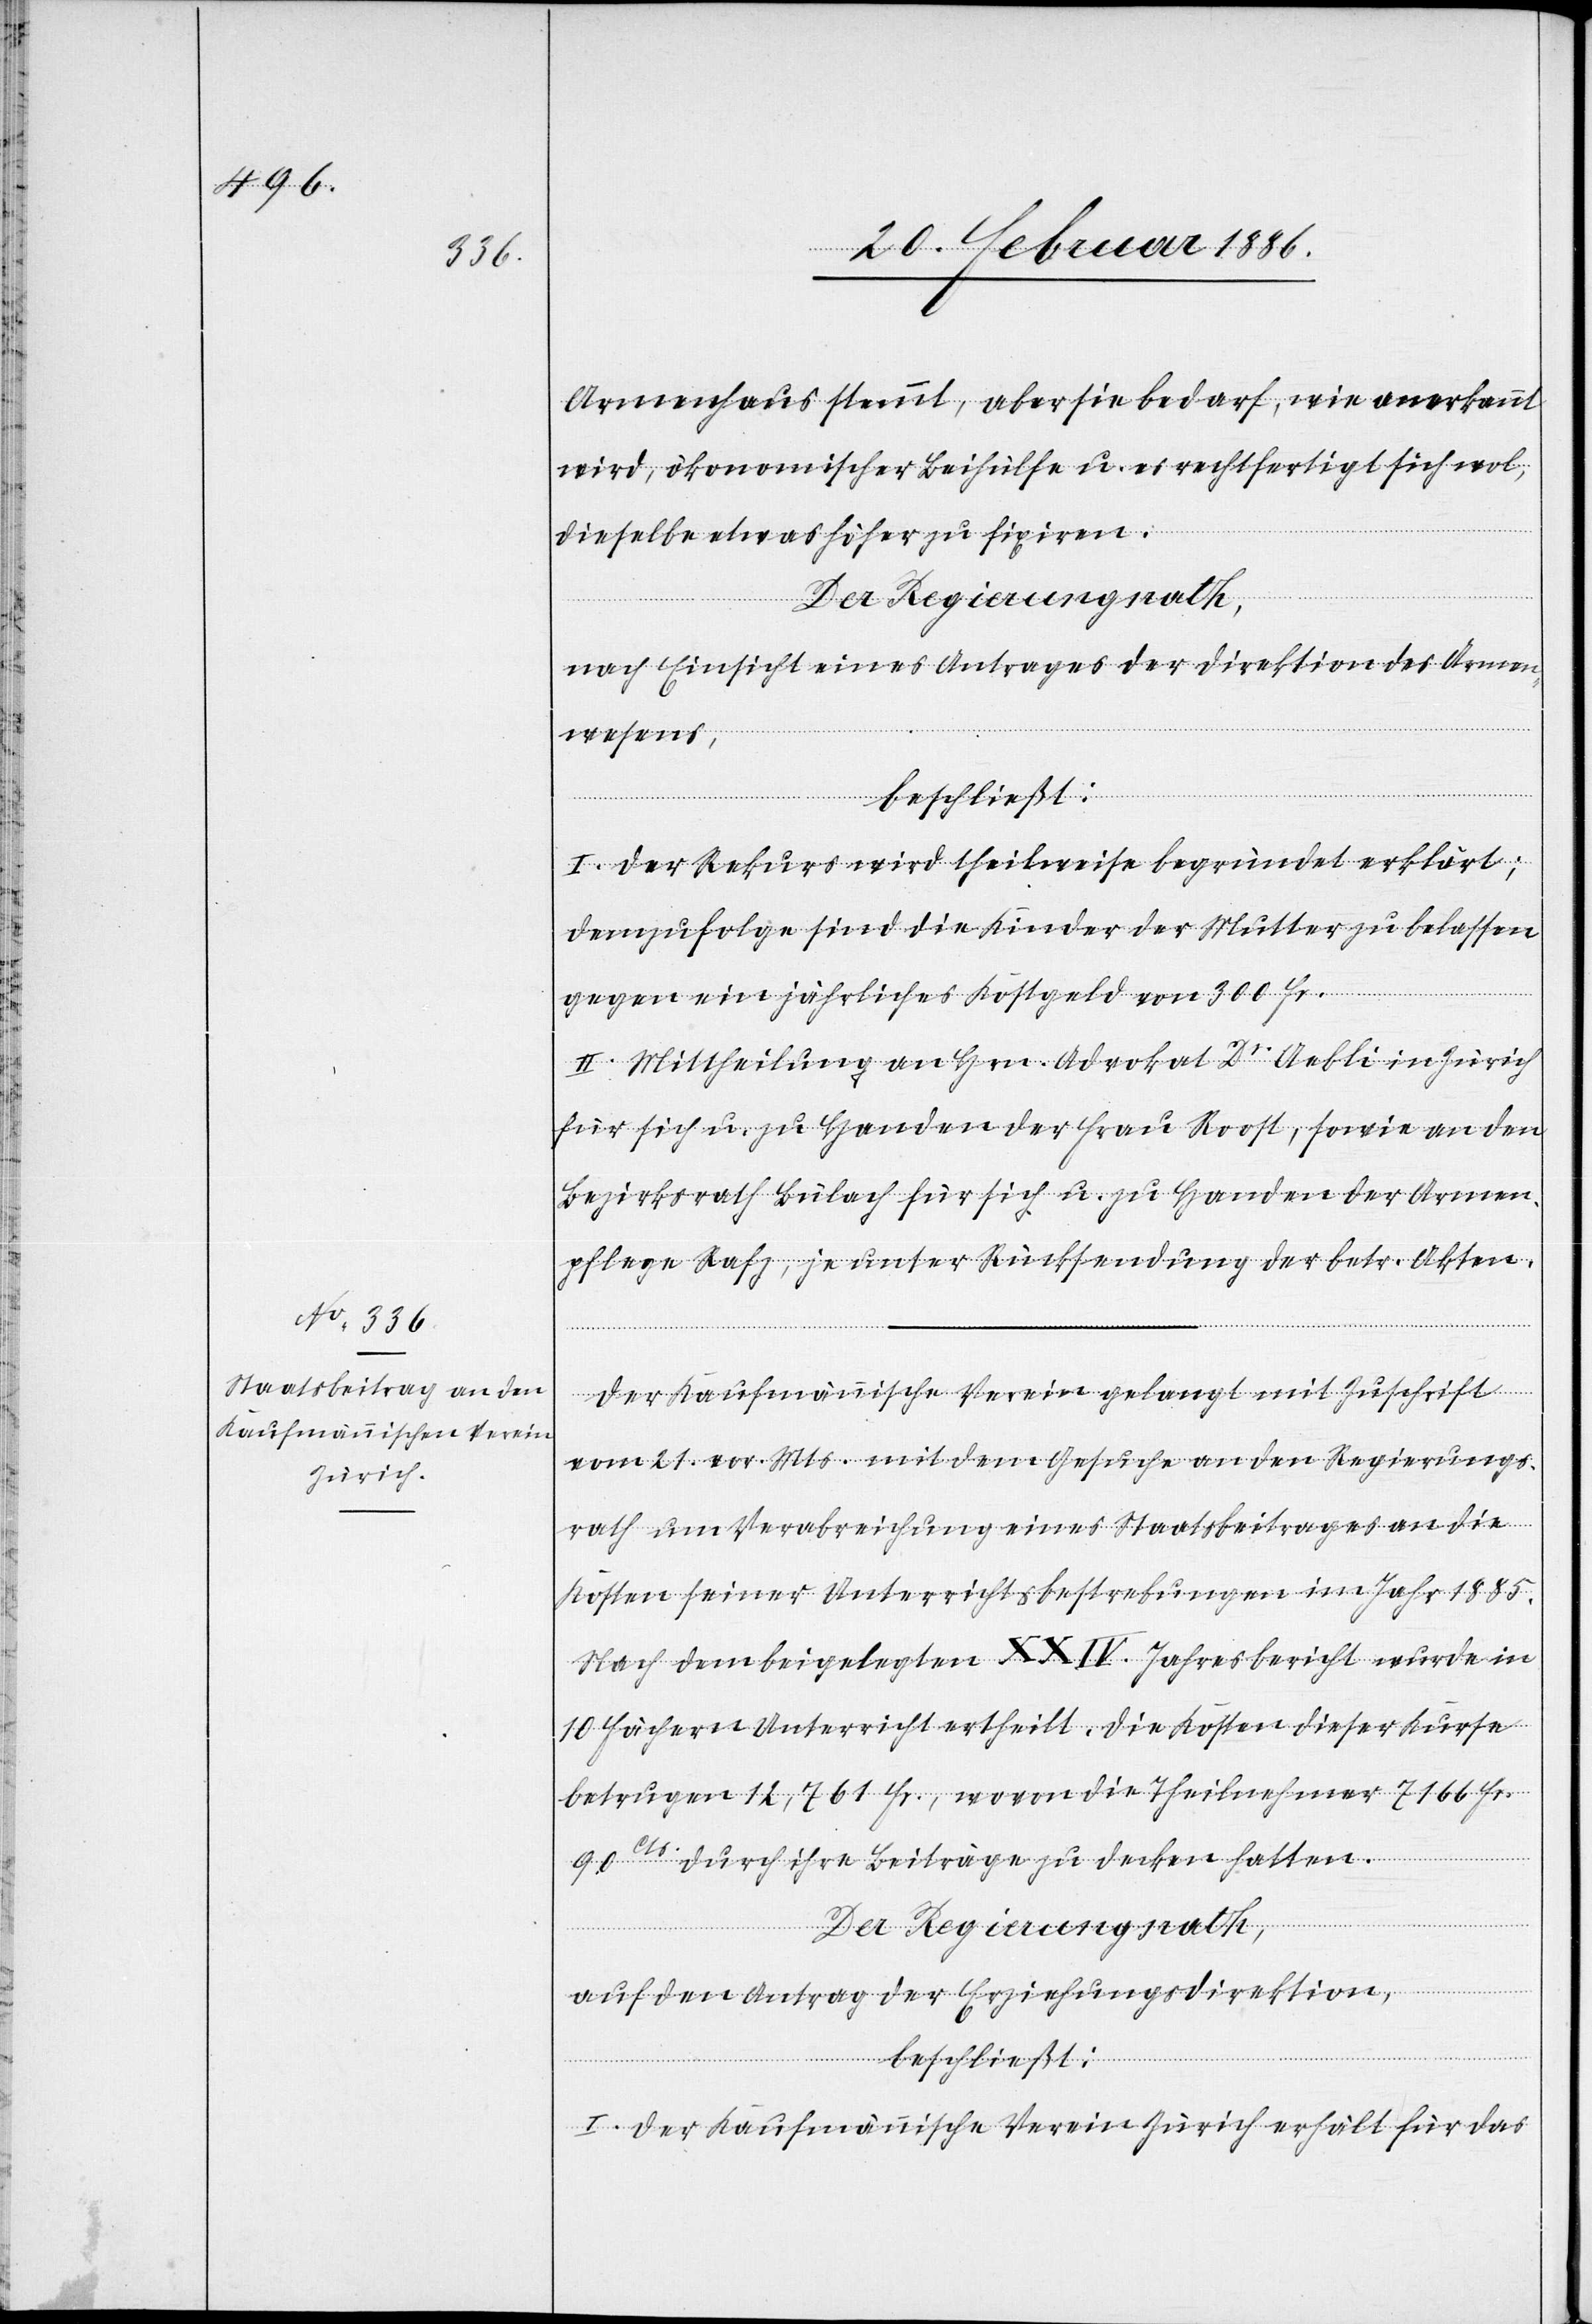
Armenhaus stemmt, aber sie bedarf, wie anerkannt
wird, ökonomischer Beihülfe u. es rechtfertigt sich wol,
dieselbe etwas höher zu fixiren.
Der Regierungsrath,
nach Einsicht eines Antrages der Direktion des Armen¬
wesens,
beschließt:
I. Der Rekurs wird theilweise begründet erklärt;
demzufolge sind die Kinder der Mutter zu belassen
gegen ein jährliches Kostgeld von 300 Fr.
II. Mittheilung an Hrn. Advokat Dr. Aebli in Zürich
für sich u. zu Handen der Frau Roost, sowie an den
Bezirksrath Bülach für sich u. zu Handen der Armen¬
pflege Rafz, je unter Rücksendung der betr. Akten.
Der Kaufmännische Verein gelangt mit Zuschrift
vom 21. vor. Mts. mit dem Gesuche an den Regierungs¬
rath um Verabreichung eines Staatsbeitrages an die
Kosten seiner Unterrichtsbestrebungen im Jahr 1885.
Nach dem beigelegten XXIV. Jahresbericht wurde in
10 Fächern Unterricht ertheilt. Die Kosten dieser Kurse
betrugen 12,761 Fr., wovon die Theilnehmer 7166 Fr.
90 Cts. durch ihre Beiträge zu decken hatten.
auf den Antrag der Erziehungsdirektion,
I. Der Kaufmännische Verein Zürich erhält für das